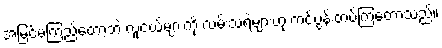
အမြင်မကြည်တော့ဘဲ လူငယ်များကို လမ်းသရဲများဟု ကင်ပွန်းတပ်ကြတော့သည်။